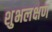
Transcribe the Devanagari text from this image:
शुभलक्षण